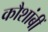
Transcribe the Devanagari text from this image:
कौशांबीं